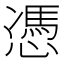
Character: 憑